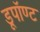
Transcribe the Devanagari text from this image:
डूपॉण्ट